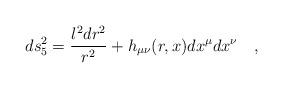
\begin{align*}ds^2_5={l^2 dr^2 \over r^2}+h_{\mu\nu}(r,x)dx^\mu dx^\nu~~~,\end{align*}